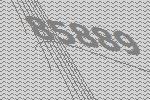
85889